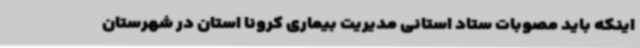
اینکه باید مصوبات ستاد استانی مدیریت بیماری کرونا استان در شهرستان